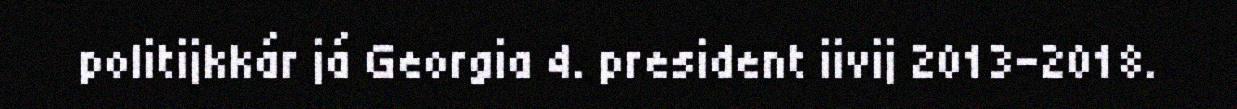
politijkkár já Georgia 4. president iivij 2013–2018.